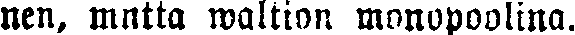
nen, mutta waltion monopoolina.